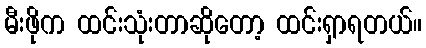
မီးဖိုက ထင်းသုံးတာဆိုတော့ ထင်းရှာရတယ်။